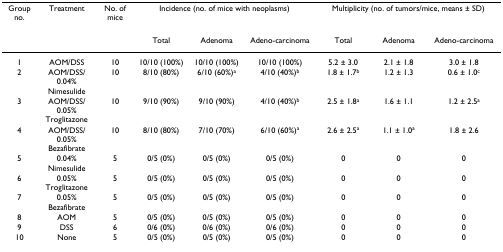
<table><thead><tr><td><b>Group no.</b></td><td><b>Treatment</b></td><td><b>No. of mice</b></td><td colspan="3"><b>Incidence (no. of mice with neoplasms)</b></td><td colspan="3"><b>Multiplicity (no. of tumors/mice, means ± SD)</b></td></tr><tr><td></td><td></td><td></td><td><b>Total</b></td><td><b>Adenoma</b></td><td><b>Adeno-carcinoma</b></td><td><b>Total</b></td><td><b>Adenoma</b></td><td><b>Adeno-carcinoma</b></td></tr></thead><tbody><tr><td>1</td><td>AOM/DSS</td><td>10</td><td>10/10 (100%)</td><td>10/10 (100%)</td><td>10/10 (100%)</td><td>5.2 ± 3.0</td><td>2.1 ± 1.8</td><td>3.0 ± 1.8</td></tr><tr><td>2</td><td>AOM/DSS/0.04% Nimesulide</td><td>10</td><td>8/10 (80%)</td><td>6/10 (60%)<sup>a</sup></td><td>4/10 (40%)<sup>b</sup></td><td>1.8 ± 1.7<sup>b</sup></td><td>1.2 ± 1.3</td><td>0.6 ± 1.0<sup>c</sup></td></tr><tr><td>3</td><td>AOM/DSS/0.05% Troglitazone</td><td>10</td><td>9/10 (90%)</td><td>9/10 (90%)</td><td>4/10 (40%)<sup>b</sup></td><td>2.5 ± 1.8<sup>a</sup></td><td>1.6 ± 1.1</td><td>1.2 ± 2.5<sup>a</sup></td></tr><tr><td>4</td><td>AOM/DSS/0.05% Bezafibrate</td><td>10</td><td>8/10 (80%)</td><td>7/10 (70%)</td><td>6/10 (60%)<sup>a</sup></td><td>2.6 ± 2.5<sup>a</sup></td><td>1.1 ± 1.0<sup>a</sup></td><td>1.8 ± 2.6</td></tr><tr><td>5</td><td>0.04% Nimesulide</td><td>5</td><td>0/5 (0%)</td><td>0/5 (0%)</td><td>0/5 (0%)</td><td>0</td><td>0</td><td>0</td></tr><tr><td>6</td><td>0.05% Troglitazone</td><td>5</td><td>0/5 (0%)</td><td>0/5 (0%)</td><td>0/5 (0%)</td><td>0</td><td>0</td><td>0</td></tr><tr><td>7</td><td>0.05% Bezafibrate</td><td>5</td><td>0/5 (0%)</td><td>0/5 (0%)</td><td>0/5 (0%)</td><td>0</td><td>0</td><td>0</td></tr><tr><td>8</td><td>AOM</td><td>5</td><td>0/5 (0%)</td><td>0/5 (0%)</td><td>0/5 (0%)</td><td>0</td><td>0</td><td>0</td></tr><tr><td>9</td><td>DSS</td><td>6</td><td>0/6 (0%)</td><td>0/6 (0%)</td><td>0/6 (0%)</td><td>0</td><td>0</td><td>0</td></tr><tr><td>10</td><td>None</td><td>5</td><td>0/5 (0%)</td><td>0/5 (0%)</td><td>0/5 (0%)</td><td>0</td><td>0</td><td>0</td></tr></tbody></table>